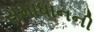
સમાધાનની